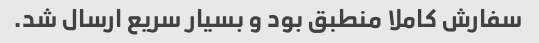
سفارش کاملا منطبق بود و بسیار سریع ارسال شد.